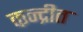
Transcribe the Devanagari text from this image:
कन्द्रीत